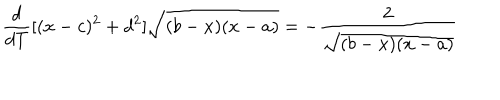
LaTeX: \frac { d } { d T } [ ( x - c ) ^ { 2 } + d ^ { 2 } ] \sqrt { ( b - x ) ( x - a ) } = - \frac { 2 } { \sqrt { ( b - x ) ( x - a ) } }